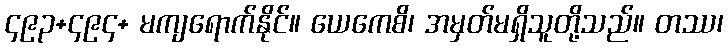
၄၉၃+၄၉၄+ မကျရောက်နိုင်။ ယေကေစိ၊ အမှတ်မရှိသူတို့သည်။ တဿ၊